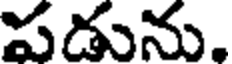
పడును,